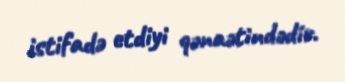
istifadə etdiyi qənaətindədir.